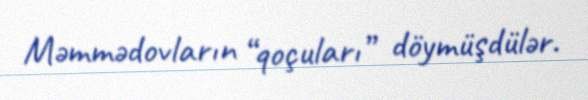
Məmmədovların “qoçuları” döymüşdülər.